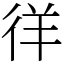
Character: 徉